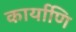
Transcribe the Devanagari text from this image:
कार्याणि